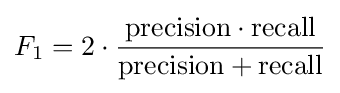
F_{1}=2\cdot {\frac {\mathrm {precision} \cdot \mathrm {recall} }{\mathrm {precision} +\mathrm {recall} }}